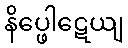
နိပ္ဖေါဋေယျ